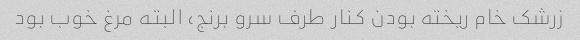
زرشک خام ریخته بودن کنار طرف سرو برنج، البته مرغ خوب بود